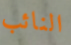
النائب